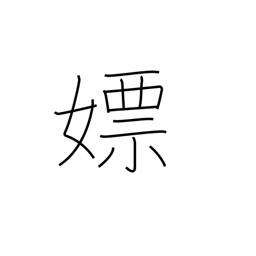
Meaning: wanton